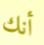
أنك